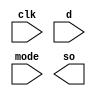
`timescale 1ns / 1ps
// Parallel in Serial Out



module piso(clk ,d, mode ,so);
    input  clk, mode;
    input [3:0] d;
    output so;
    reg [3:0] q=0;
    always @(posedge clk)
    begin
        if(mode)
        begin
            q<=d;
        end
        else
        begin
        q[3]<=1'bx;
        q[2]<=q[3];
        q[1]<=q[2];
        q[0]<=q[1];
        end
    end

endmodule